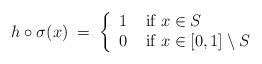
LaTeX: \begin{align*}h \circ \sigma(x) \; = \; \left\{\begin{array}{ll} 1 & \mbox{ if $x \in S$}\\ 0 & \mbox{ if $x \in [0,1] \setminus S$}\end{array}\right.\end{align*}